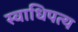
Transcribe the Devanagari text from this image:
स्वाधिपत्य